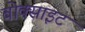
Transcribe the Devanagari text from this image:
बोक्साइट